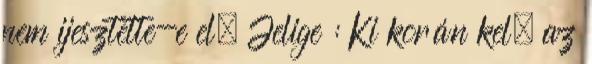
nem ijesztette-e el. Jelige : Ki korán kel, az